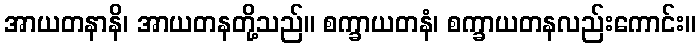
အာယတနာနိ၊ အာယတနတို့သည်။ စက္ခာယတနံ၊ စက္ခာယတနလည်းကောင်း။